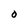
Character: O